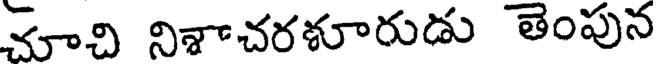
చూచి నిశాచరళూరుడు తెంపున